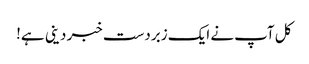
کل آپ نے ایک زبردست خبر دینی ہے!